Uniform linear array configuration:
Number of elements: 32
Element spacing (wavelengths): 0.5
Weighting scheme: blackman
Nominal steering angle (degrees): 0
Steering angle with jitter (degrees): -0.1357
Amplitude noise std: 0.05
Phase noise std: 0.05

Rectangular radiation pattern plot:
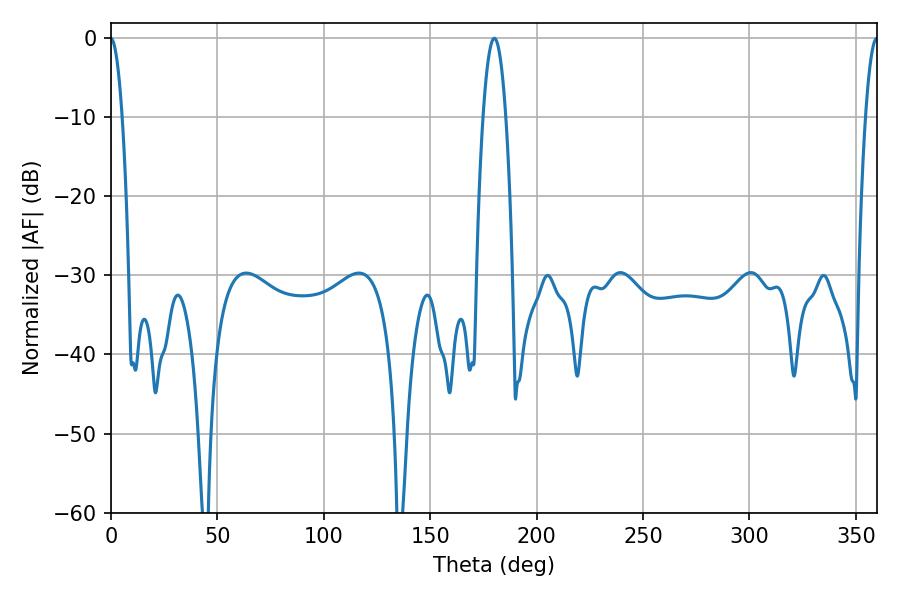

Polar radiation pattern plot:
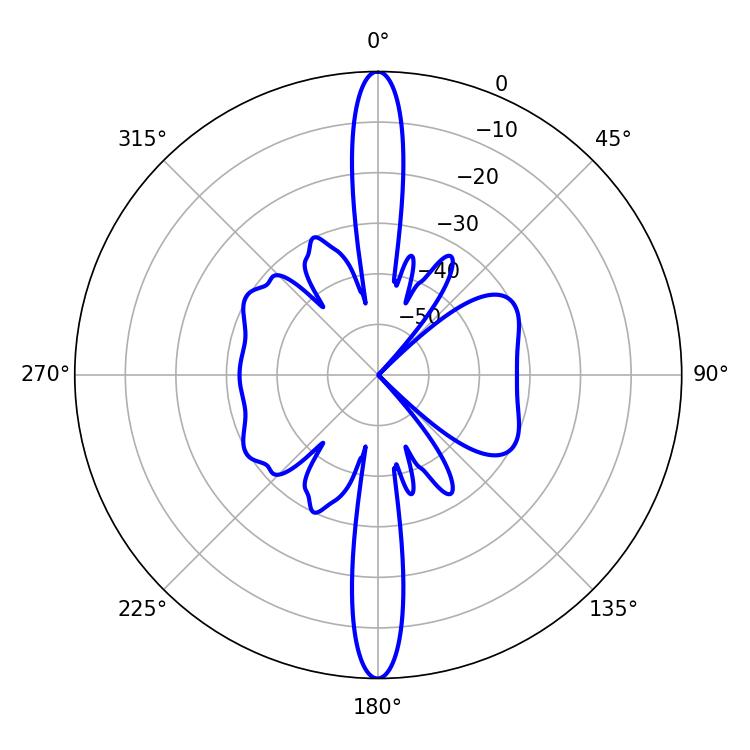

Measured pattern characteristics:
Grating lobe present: FALSE
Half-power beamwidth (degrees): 5.94
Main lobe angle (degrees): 180.18